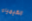
الكيمياء